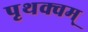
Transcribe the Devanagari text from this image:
पृथक्वम्